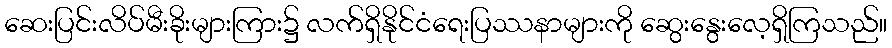
ဆေးပြင်းလိပ်မီးခိုးများကြား၌ လက်ရှိနိုင်ငံရေးပြဿနာများကို ဆွေးနွေးလေ့ရှိကြသည်။